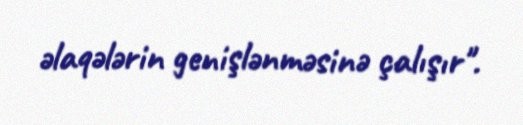
əlaqələrin genişlənməsinə çalışır".